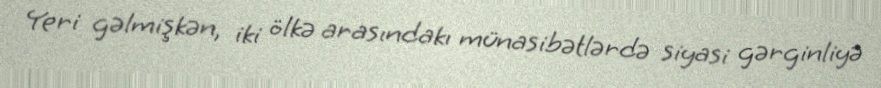
Yeri gəlmişkən, iki ölkə arasındakı münasibətlərdə siyasi gərginliyə